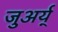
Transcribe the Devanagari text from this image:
जुअर्य्